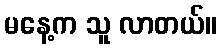
မနေ့က သူ လာတယ်။